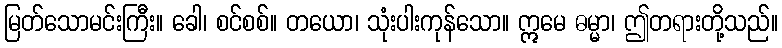
မြတ်သောမင်းကြီး။ ခေါ၊ စင်စစ်။ တယော၊ သုံးပါးကုန်သော။ ဣမေ ဓမ္မာ၊ ဤတရားတို့သည်။